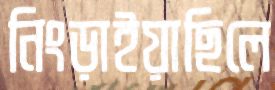
নিংড়াইয়াছিলে